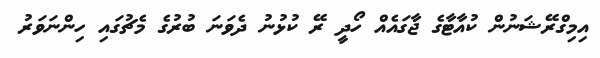
އިމިގްރޭޝަނުން ކުއާޓާގެ ޖާގައެއް ހޯދީ ރޭ ކުޅުނު ދެވަނަ ބުރުގެ މެޗުގައި ހިންނަވަރު